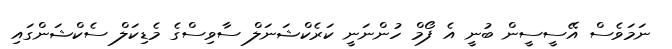
ނަމަވެސް އޭސީސީން ބުނީ އެ ފޯމް ހުންނަނީ ކަރެކްޝަނަލް ސާވިސްގެ މެޑިކަލް ސެކްޝަންގައި